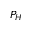
P _ { H }